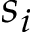
s _ { i }